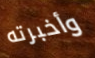
وأخبرته